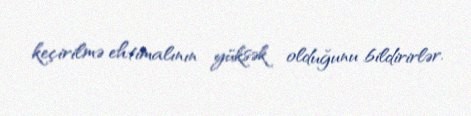
keçirilmə ehtimalının yüksək olduğunu bildirirlər.